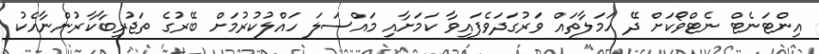
އިންޓަނެޓް ނެޓްވޯކަށް ދޭ ހަމަލާތައް ވަރުގަދަވެފައިވާ ކަމަށާއި މައްސަލަ ހައްލުކުރުމަށް ބޭރުގެ ތަޖުރިބާކާރުންނާއެކު